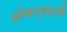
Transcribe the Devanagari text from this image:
अनेकार्थवाची